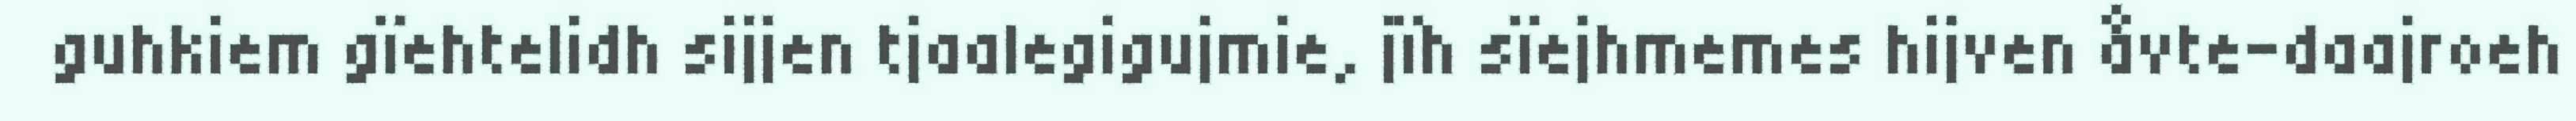
guhkiem gïehtelidh sijjen tjaalegigujmie, jïh sïejhmemes hijven åvte-daajroeh